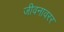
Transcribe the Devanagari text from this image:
जीवनावरर